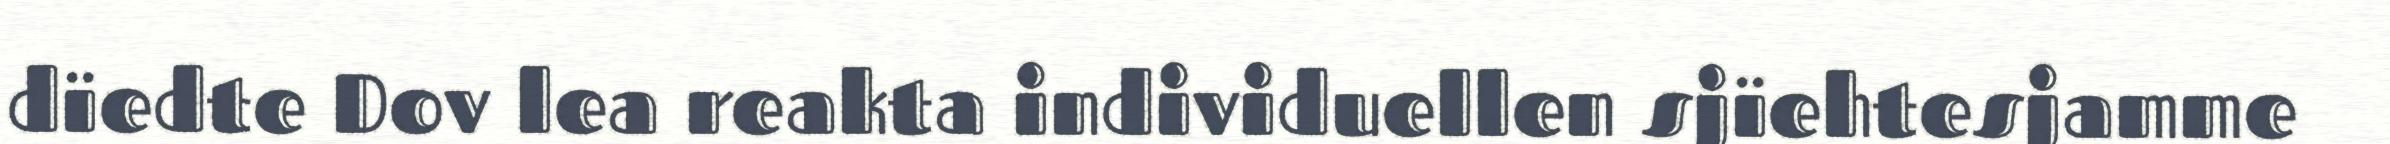
dïedte Dov lea reakta individuellen sjïehtesjamme